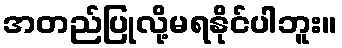
အတည်ပြုလို့မရနိုင်ပါဘူး။